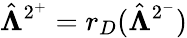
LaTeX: \hat{\boldsymbol{\Lambda}}^{2^{+}}=r_{D}(\hat{\boldsymbol{\Lambda}}^{2^{-}})